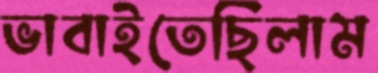
ভাবাইতেছিলাম